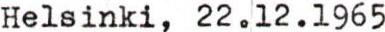
Helsinki, 22.12.1965